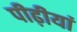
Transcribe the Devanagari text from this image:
पीढ़ीयां